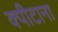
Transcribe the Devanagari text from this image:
क्पीटाना